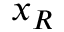
x _ { R }